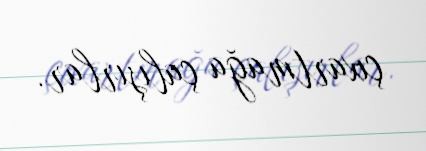
çıxartmağa çalışırlar.